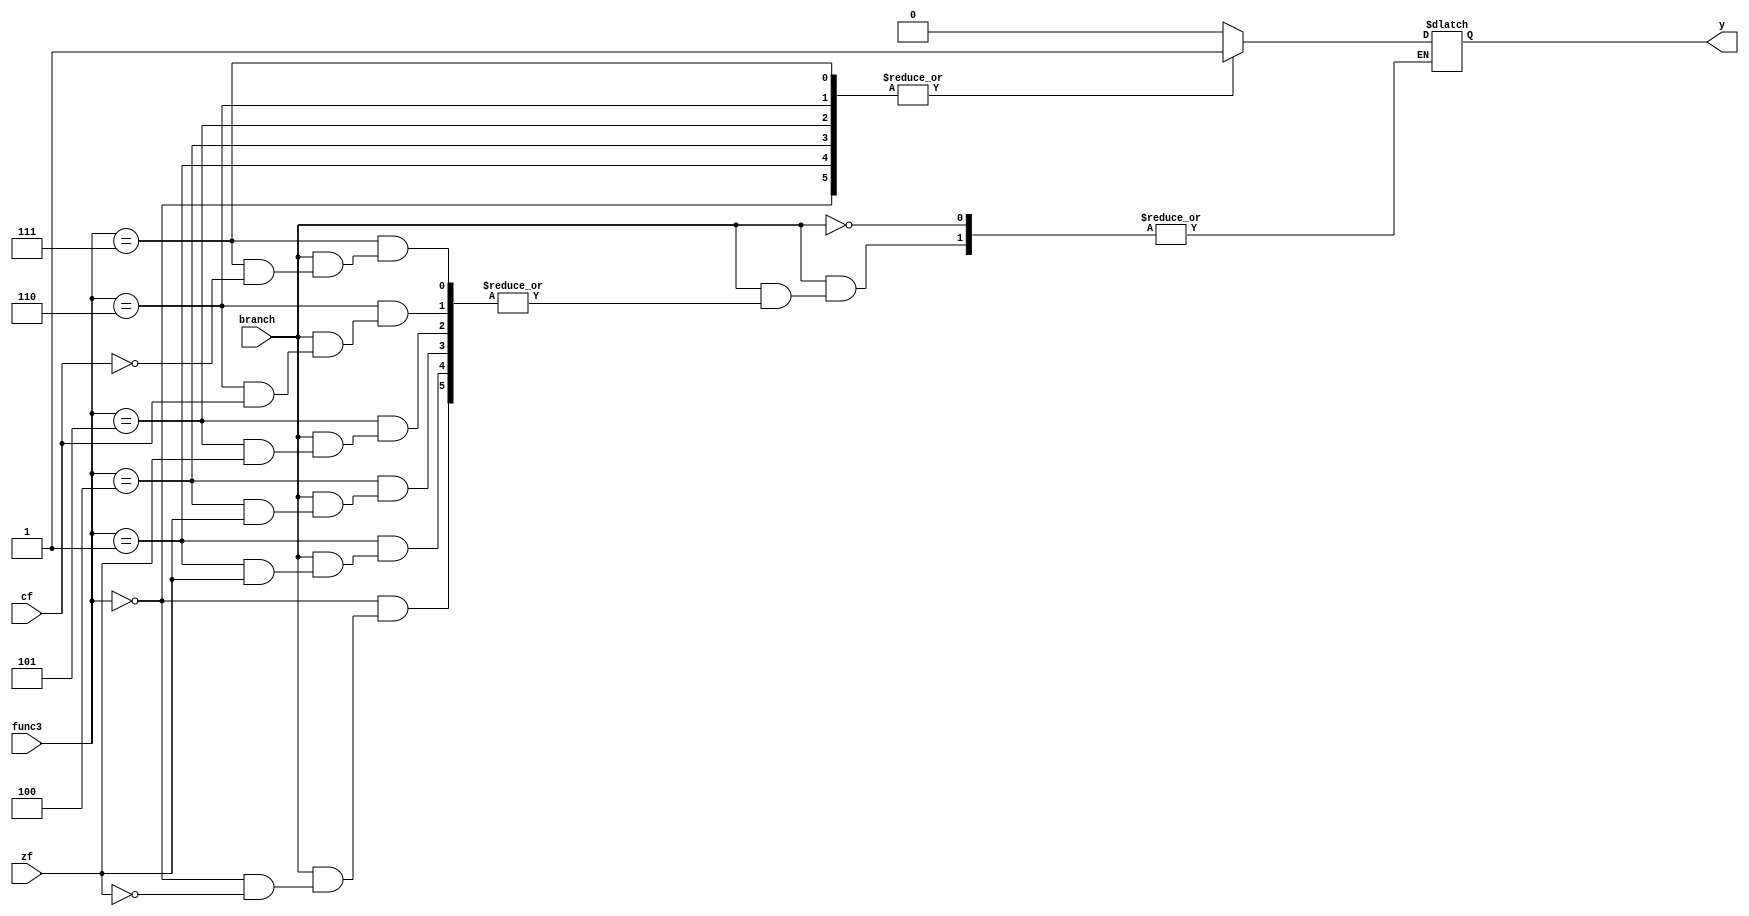
`timescale 1ns / 1ps
//////////////////////////////////////////////////////////////////////////////////
// Company: 
// Engineer: 
// 
// Design Name: 
// Module Name: branchControl
// Project Name: 
// Target Devices: 
// Tool Versions: 
// Description: 
// 
// Dependencies: 
// 
// Revision:
// Revision 0.01 - File Created
// Additional Comments:
// 
//////////////////////////////////////////////////////////////////////////////////


module branchControl(input branch, zf, cf, input [2:0] func3, output reg y);

always @(*) begin
    if(branch) begin
        case(func3) 
        3'b000: //BEQ
        if(zf)
           y=1; 
        3'b001: //BNE
        if(~zf)
            y=1; 
         3'b100: //BLT
         if(~zf)
            y=1; 
        3'b101: //BGT   
        if(~zf)
            y=1;
        3'b110: //BLTU
        if(~cf)
            y=1;
         3'b111: //BGTU
         if(cf)
            y=1; 
        default: y=0; 
        endcase
    end

end
endmodule